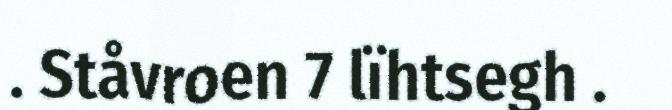
. Ståvroen 7 lïhtsegh .